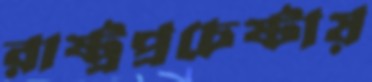
রাষ্ট্রপ্রচেষ্টায়